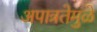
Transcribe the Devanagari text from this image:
अपात्रतेमुळे